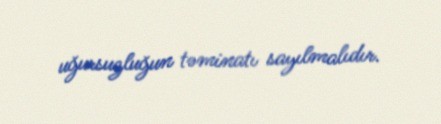
uğursuzluğun təminatı sayılmalıdır.